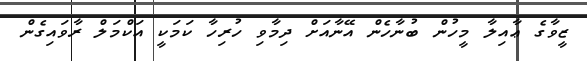
ޒީވާގެ ޢާއިލާ މީހުން ބުނާހެން އޭނާއަށް ދިމާވި ހުރިހާ ކަމަކީ އަކްމަލް ރާވައިގެން